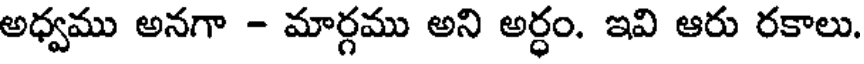
అధ్వము అనగా - మార్గము అని అర్ధం. ఇవి ఆరు రకాలు.